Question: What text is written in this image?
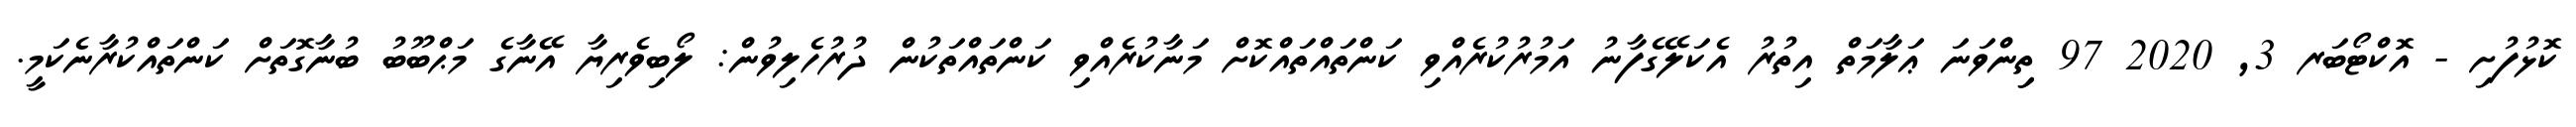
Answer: ކޮޅުފުށި - އޮކްޓޯބަރ 3, 2020 97 ތިިންވަނަ ޢަލާމަތް އިތުރު އެކަލޭގެފާނު އަމުރުކުރެއްވި ކަންތައްތައްކޮށް މަނާކުރެއްވި ކަންތައްތަކުން ދުރުހެލިވުން: ލޯބިވެރިޔާ އޭނާގެ މަޙްބޫބު ބުނާގޮތަށް ކަންތައްކުރާނެކަމީ.